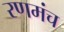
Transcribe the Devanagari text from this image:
रणमंच